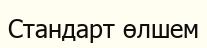
Стандарт өлшем